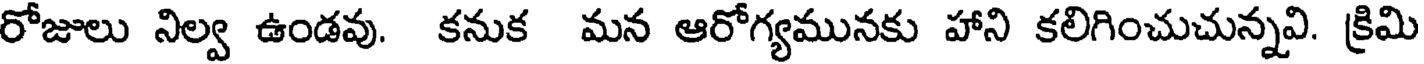
రోజులు నిల్వ ఉండవు. కనుక మన ఆరోగ్యమునకు హాని కలిగించుచున్నవి. క్రిమి